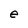
Character: e